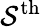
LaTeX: \mathcal{S}^{\mathrm{{th}}}